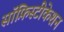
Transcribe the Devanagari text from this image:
सॉफ़िस्टीकेशन